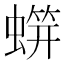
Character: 䗗